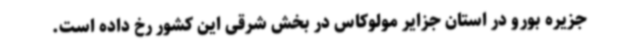
جزیره بورو در استان جزایر مولوکاس در بخش شرقی این کشور رخ داده است.